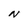
Character: N